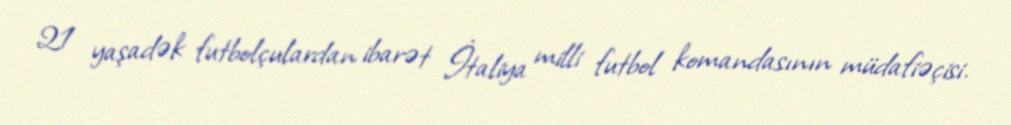
21 yaşadək futbolçulardan ibarət İtaliya milli futbol komandasının müdafiəçisi.